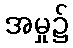
အမှု၌